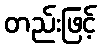
တည်းဖြင့်